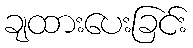
ချထားပေးခြင်း